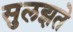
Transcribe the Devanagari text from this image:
सुलझते